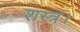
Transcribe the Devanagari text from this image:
शस्त्र।